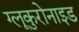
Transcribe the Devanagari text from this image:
ग्लूकुरोनाइड